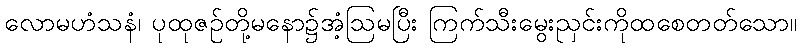
လောမဟံသနံ၊ ပုထုဇဉ်တို့မနော၌အံ့ဩမပြီး ကြက်သီးမွေးညှင်းကိုထစေတတ်သော။